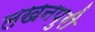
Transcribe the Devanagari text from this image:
लखनपुरी